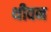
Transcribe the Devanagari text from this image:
थीवन